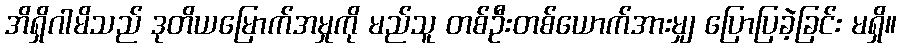
အိရှိဂါမိသည် ဒုတိယမြောက်အမှုကို မည်သူ တစ်ဦးတစ်ယောက်အားမျှ ပြောပြခဲ့ခြင်း မရှိ။